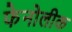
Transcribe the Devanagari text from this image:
फेनोलीक